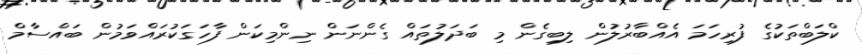
ކްލަބްތަކުގެ ފުރިހަމަ އެއްބާރުލުން ލިބިގެން މި ބަދަލުތައް ގެންނަން ނިންމިކަން ފާހަގަކުރައްވަމުން ބައްސާމް